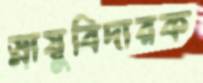
স্নায়ুবিদারক